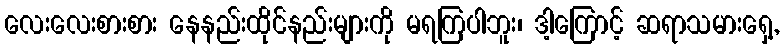
လေးလေးစားစား နေနည်းထိုင်နည်းများကို မရကြပါဘူး၊ ဒါ့ကြောင့် ဆရာသမားရှေ့,